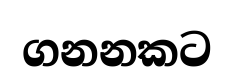
ගනනකට